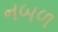
નબળ